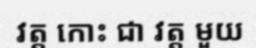
វត្ត កោះ ជា វត្ត មួយ